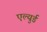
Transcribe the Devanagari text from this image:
एल्युर्ड